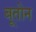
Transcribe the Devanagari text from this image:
बूतोन